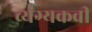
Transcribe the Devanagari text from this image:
व्यंग्यकवी